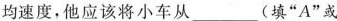
均速度，他应该将小车从__(填”A”或